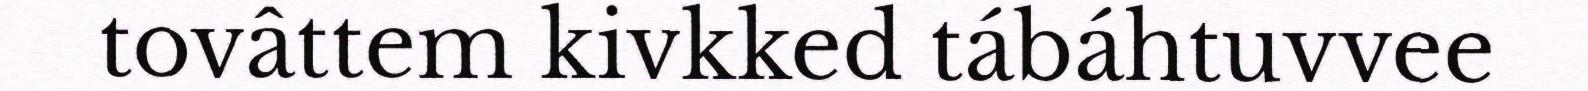
tovâttem kivkked tábáhtuvvee